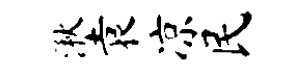
湫袁凉民